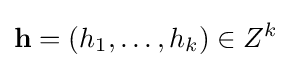
{\mathbf {h} }=(h_{1},\dots ,h_{k})\in Z^{k}